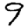
Digit: 9